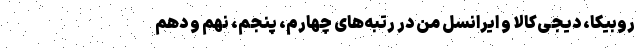
روبیکا، دیجی‌کالا و ایرانسل من در رتبه‌های چهارم، پنجم، نهم و دهم